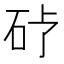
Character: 𪿒